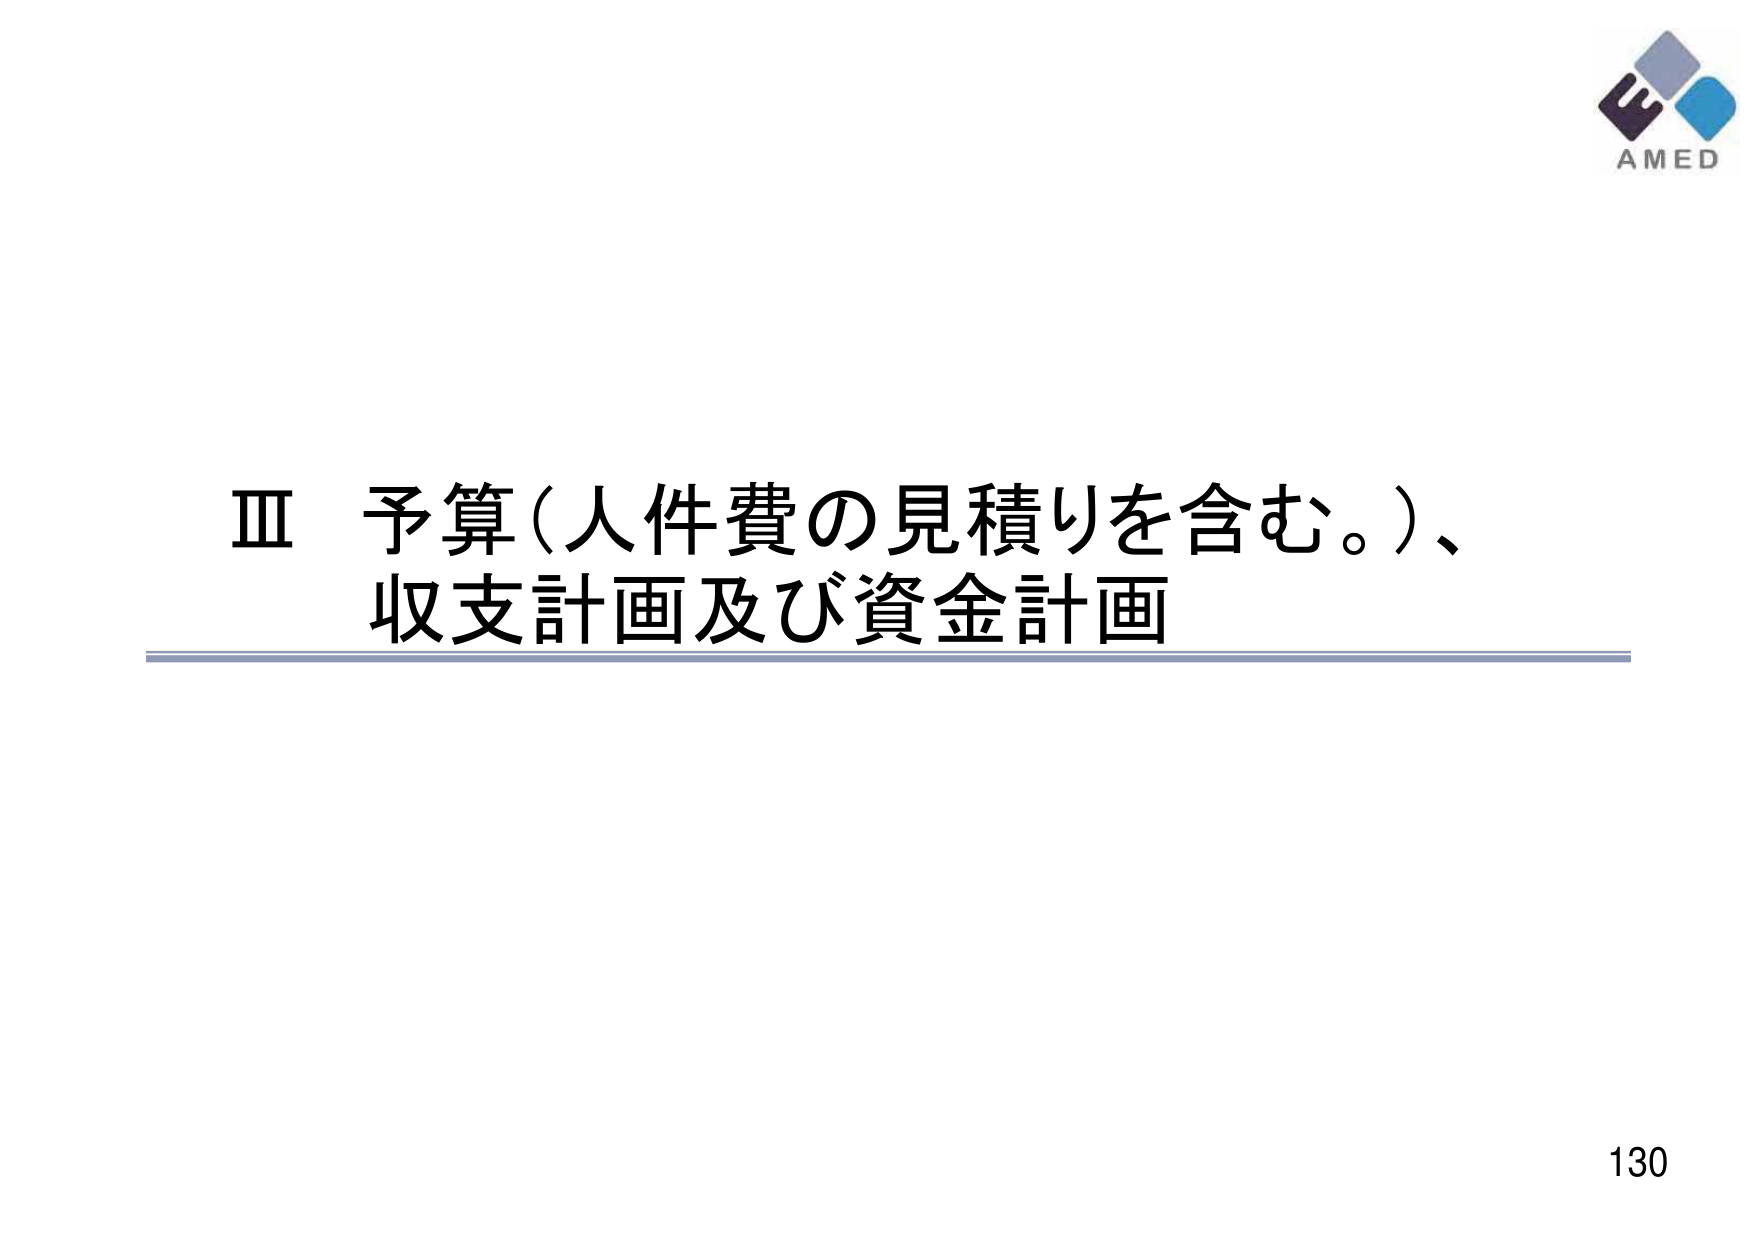
Ⅲ 予算（人件費の見積りを含む。）、
収支計画及び資金計画

AMED
130